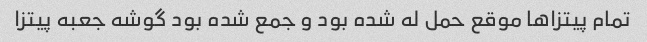
تمام پیتزاها موقع حمل له شده بود و جمع شده بود گوشه جعبه پیتزا